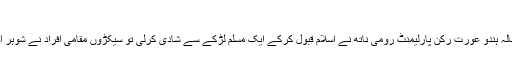
رکن پارلیمنٹ کوقبول اسلام کی سزا
دہلی:ہندوستان کی شمالی مشرقی ریاست آسام میں کانگریس پارٹی کی ایک 33سالہ ہندو عورت رکن پارلیمنٹ رومی ناتھ نے اسلام قبول کرکے ایک مسلم لڑکے سے شادی کرلی تو سیکڑوں مقامی افراد نے شوہر اور بیوی پر اس وقت حملہ کردیا جب وہ دونوںایک ہوٹل میں کھاناکھارہے تھے۔